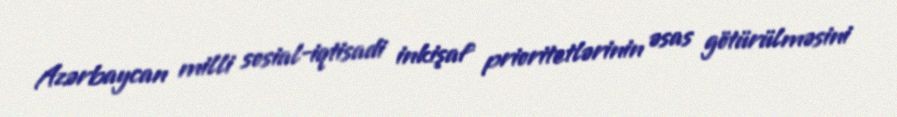
Azərbaycan milli sosial-iqtisadi inkişaf prioritetlərinin əsas götürülməsini